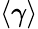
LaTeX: \left<\gamma\right>